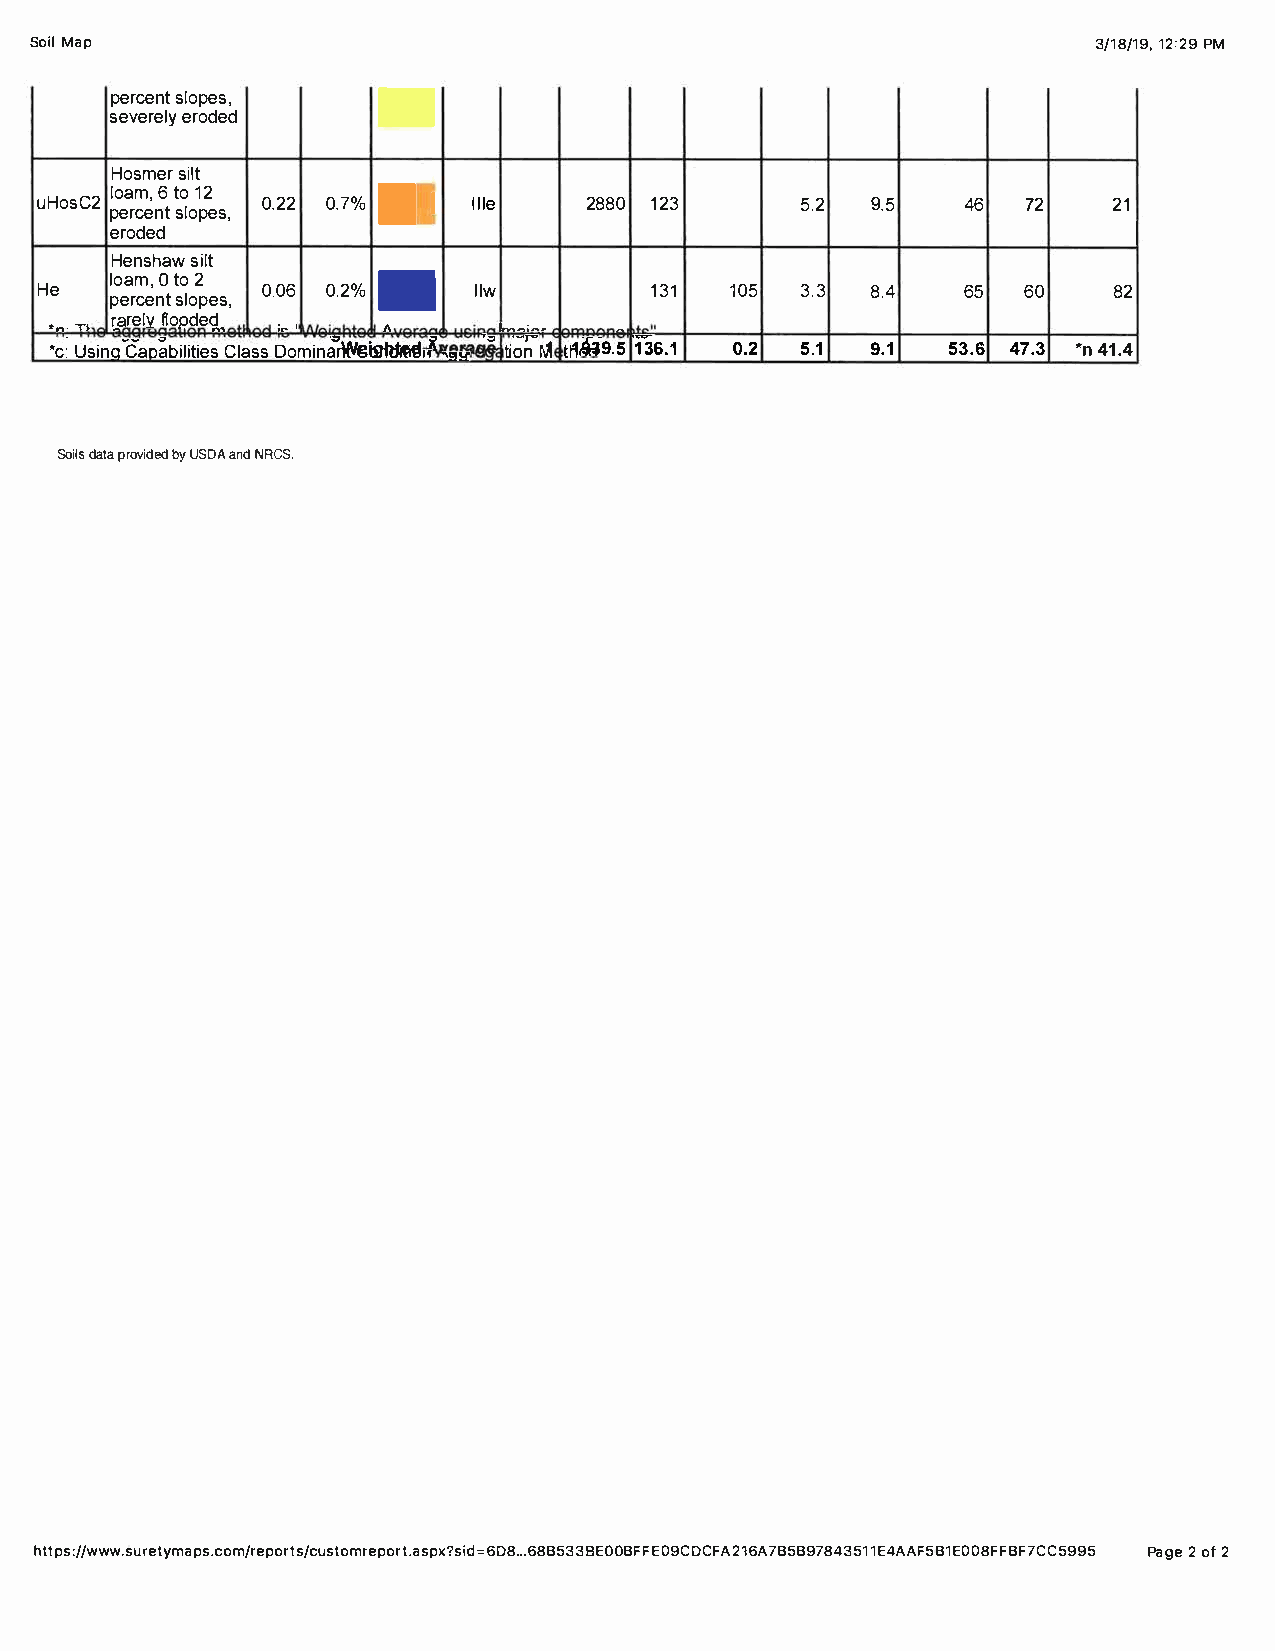
Soil Map                                                              3/18/1129:,2P 9M
 n
 percselnotp es,
 seveerreoldye d
 Hosmseirl t
 loa6mt ,o1 2      C
 uHosC2         0.220 .7%   I Ille    28801 23      5.2  9.5   46  72    21
 percselnotp es,   •
 eroded
 Henshsaiwl t
 loaOmt,2o
 He             0.060 .2%     llw         131  105  3.3  8.4   65  60    82
 ·-·per  cent  slopes,.
 ,... i:._arfellovp deg_, _'  --=-   -
 .,         1-.....
 •c:U si-nCaa oabCillaiDstosim eiri(V@sn� �., x -��. _,t i;t�t1��9M5. ' fas.10.2 5.1 9.1 53.64 7.3* n4 1.4
 Soidlastp ar ovbiyUd SeDdaA n NdR CS.
 https://www.suretymaps.comt/.raesppoxr?ts.si6./d8.c=B u65sD3t83Oo 8OmEBrFepFoEr0C9FCAD2165AB79B784345A1AF15EB1E008FFBF7CC5P9a9g52e o f2